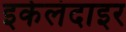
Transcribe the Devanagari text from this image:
इकेलंदाइर